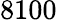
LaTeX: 8100